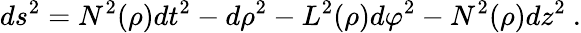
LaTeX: ds^{2}=N^{2}(\rho)dt^{2}-d\rho^{2}-L^{2}(\rho)d\varphi^{2}-N^{2}(\rho)dz^{2}\ .